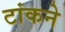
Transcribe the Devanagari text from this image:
टांकने